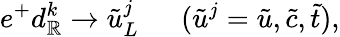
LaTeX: e^{+}d_{\mathbb{R}}^{k}\rightarrow\tilde{{u}}_{L}^{j}~~~~~~(\tilde{{u}}^{j}=\tilde{{u}},\tilde{{c}},\tilde{{t}}),